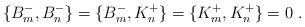
LaTeX: \begin{align*}\{ B^-_m , B^-_n \} = \{ B^-_m , K^+_n \} = \{ K^+_m , K^+_n \} = 0 \ .\end{align*}